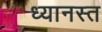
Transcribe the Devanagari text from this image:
ध्यानस्त